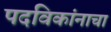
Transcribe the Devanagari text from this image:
पदविकांनाचा